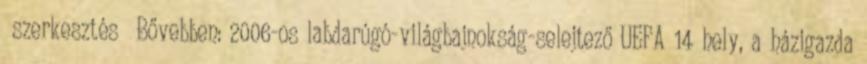
szerkesztés Bővebben: 2006-os labdarúgó-világbajnokság-selejtező UEFA 14 hely, a házigazda